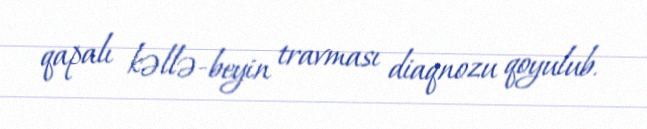
qapalı kəllə-beyin travması diaqnozu qoyulub.